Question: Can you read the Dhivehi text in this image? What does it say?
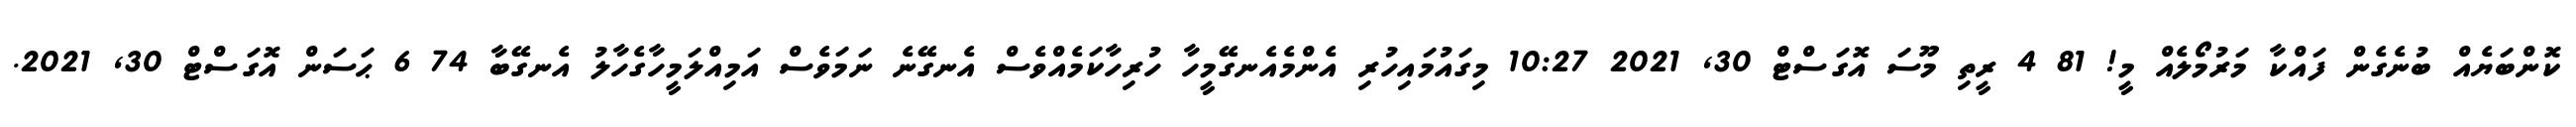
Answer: ކޮންބަޔެއް ބުނެގެން ފައްކާ މަރުމޯލެއް މީ! 81 4 ރީތި މޫސަ އޮގަސްޓް 30, 2021 10:27 މިގައުމައިހުރި އެންމެއެނގޭމީހާ ހުރިހާކަމެއްވެސް އެނގޭނެ ނަމަވެސް އަމިއްލަމީހާގެހާލު އެނގޭބާ 74 6 ޙަސަން އޮގަސްޓް 30, 2021.